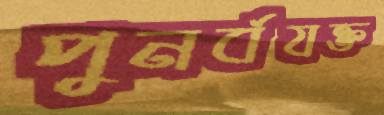
পুনর্বযক্ত